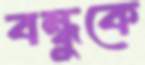
বন্ধুকে